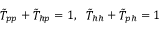
\begin{array} { r } { \tilde { T } _ { p p } + \tilde { T } _ { h p } = 1 , ~ ~ \tilde { T } _ { h h } + \tilde { T } _ { p h } = 1 } \end{array}